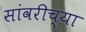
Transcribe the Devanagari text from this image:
सांवरीच्या